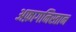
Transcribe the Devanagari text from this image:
अफ़ागनिस्तान